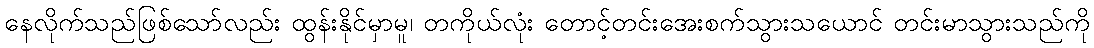
နေလိုက်သည်ဖြစ်သော်လည်း ထွန်းနိုင်မှာမူ၊ တကိုယ်လုံး တောင့်တင်းအေးစက်သွားသယောင် တင်းမာသွားသည်ကို